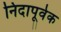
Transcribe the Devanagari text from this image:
निदापूर्वक